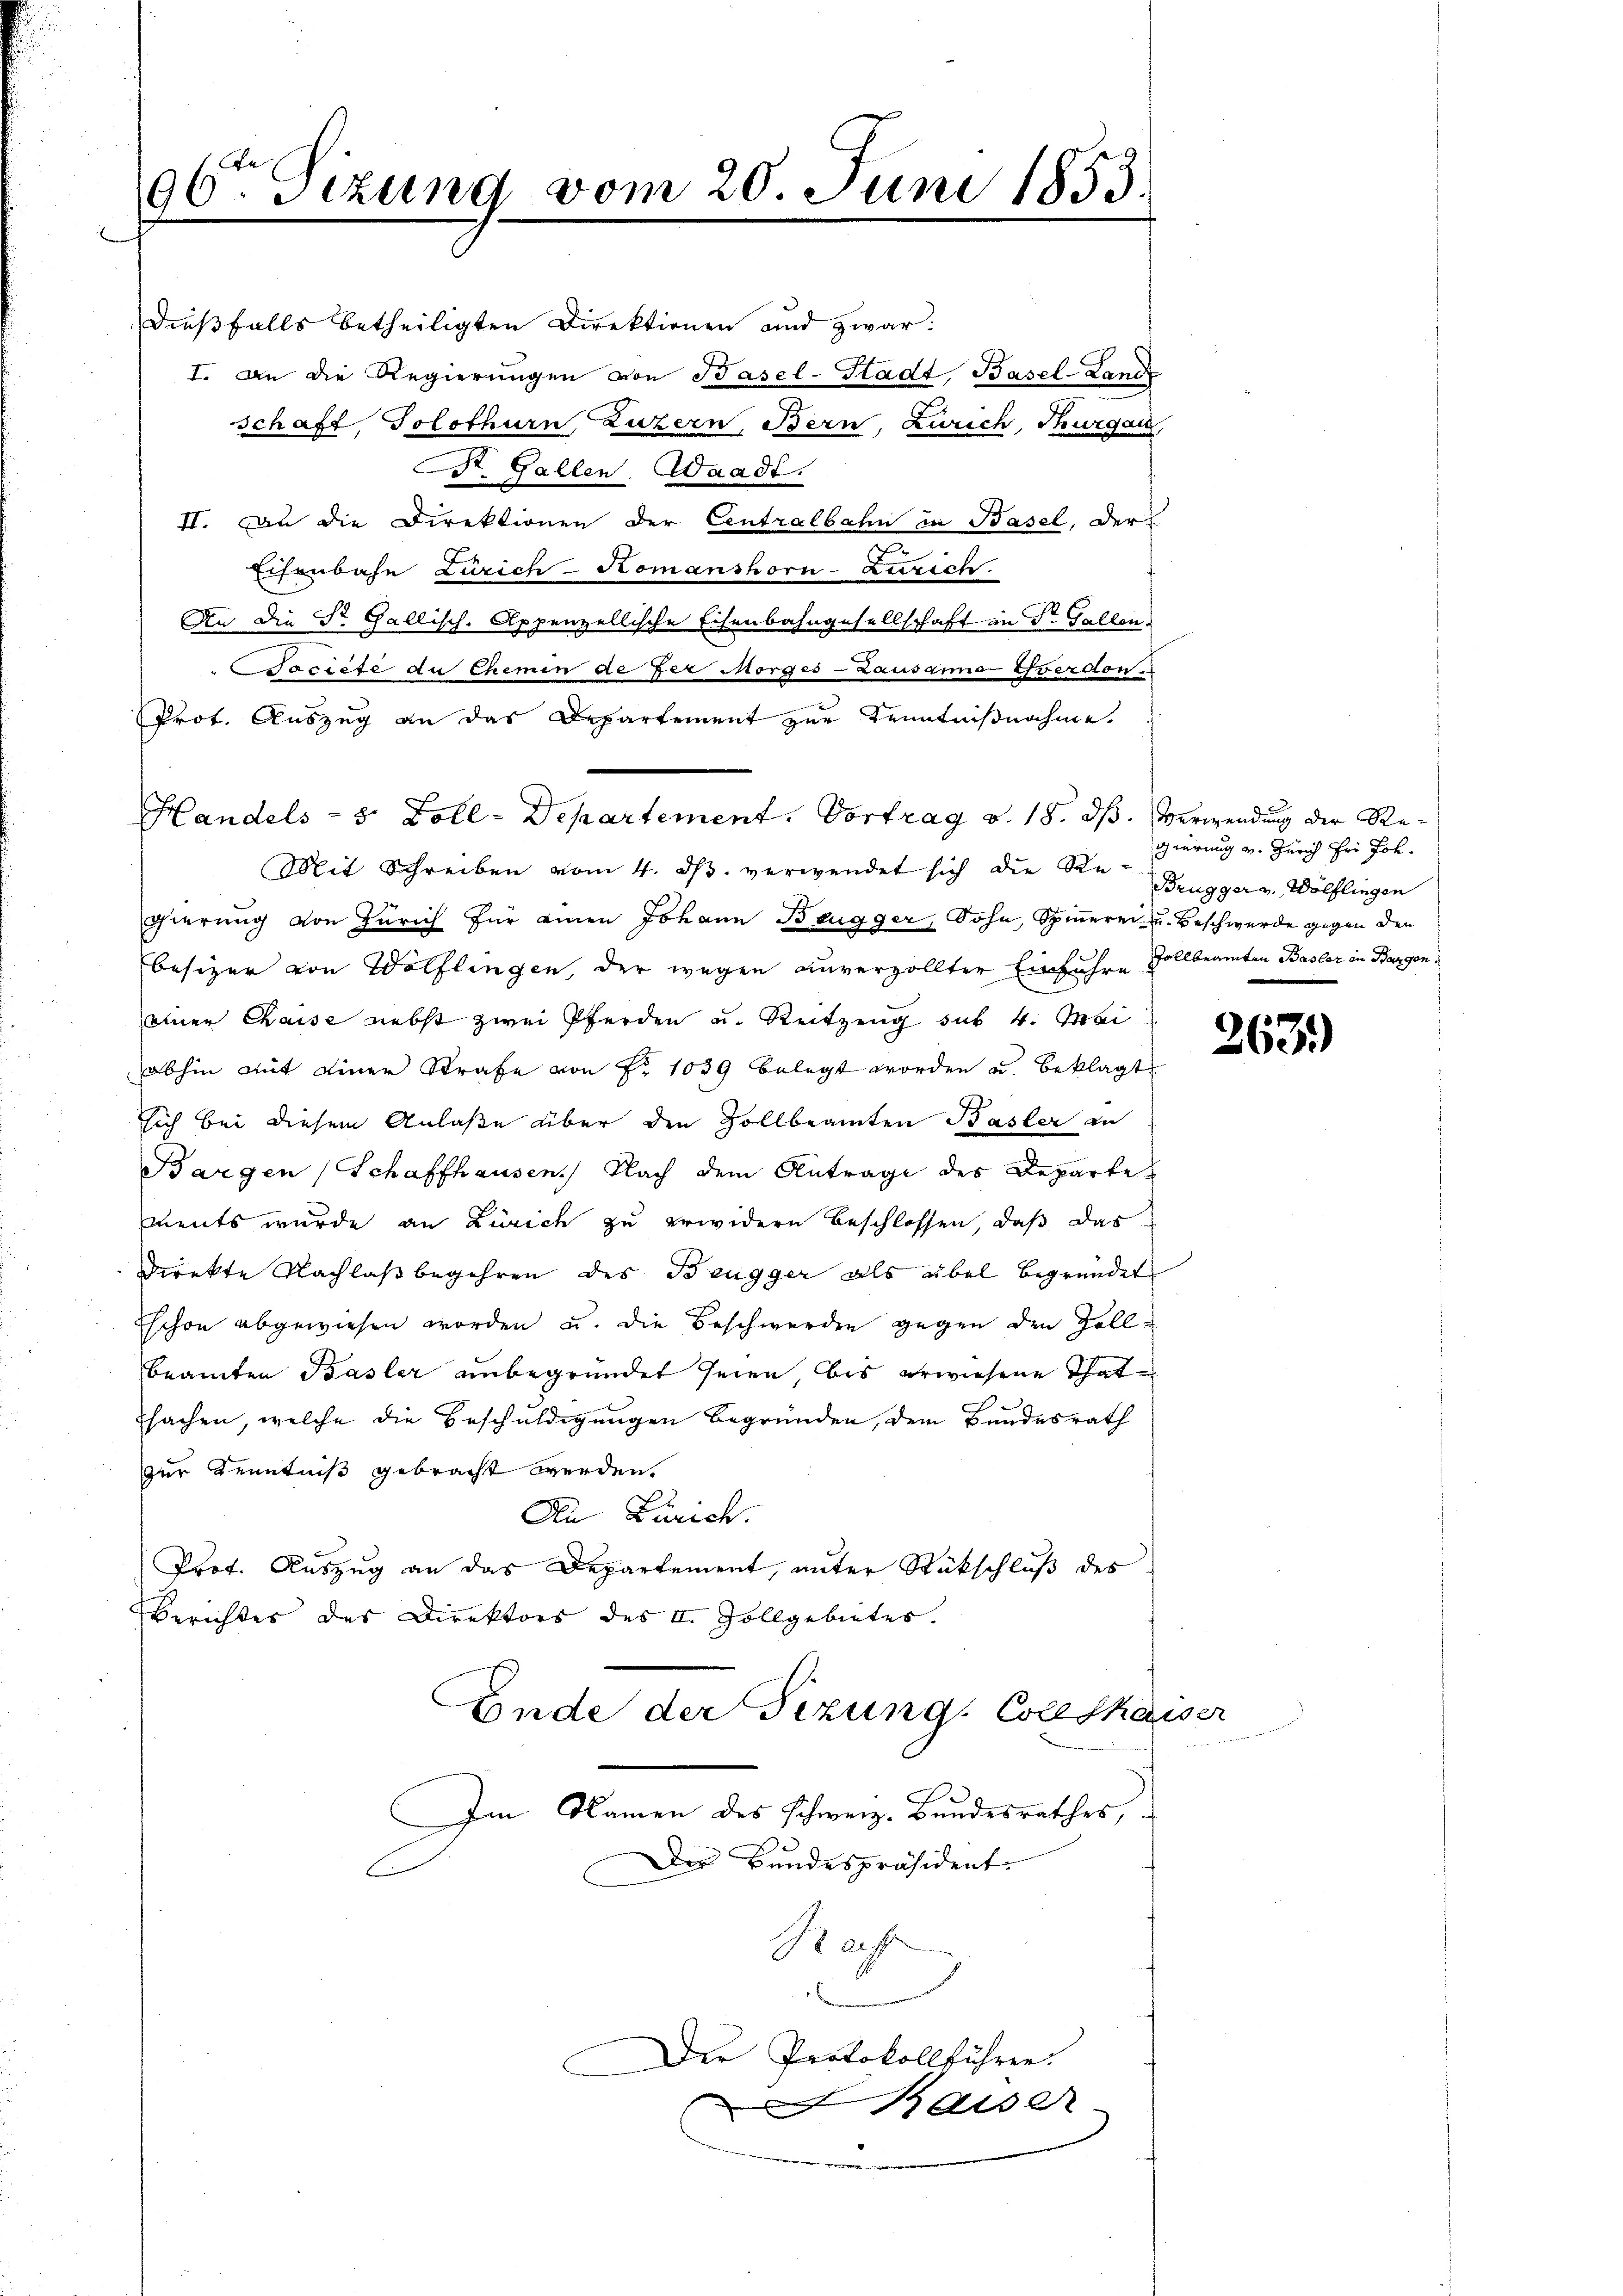
96ten Sizung vom 20. Juni 1853.

Dießfalls betheiligten Direktionen und zwar:
I. An die Regierungen von Basel-Stadt, Basel-Landt
schaft Solothurn, Luzern, Bern, Zürich, Thurgau,
. Gallen. Waadt.
II. Zu die Direktionen der Centralbahn in Basel, der
Eisenbahn Zürich-Komanshorn-Zürich.
An die St. Gallisch-Appenzellische Eisenbahngesellschaft in Dr. Gallen.
société du Chemen de der Morges - Lausanno Yverdon.
Prot. Auszug an das Departement zur Kenntnißnahme.
Mit Schreiben vom 4. ds. verwendet sich die Re- Brugger v. Wölflingen
gierung von Zürich für einen Johann Brugger, Sohn, Spinneren u. Beschwerde gegen den
besizer von Wölflingen, der wegen unverzollter Einfuhre Vollbeamten Basler in Bargen
einer Chaise nebst zwei Pferden u. Reitzung sub 4. Mai
abhin mit einer Strafe von Fr. 1039 belegt worden u. beklagt
sich bei diesem Anlaße über den Zollbeamten Basler an
Bargen (Schaffhausen. Nach dem Antrage des Departe
ments wurde an Zürich zu erwidern beschlossen, daß das
Direkte Nachlaß begehren des Beugger als übel begründet
Eschon abgewiesen worden u. die Beschwerden gegen den Zollbeamten Basler unbegründet seien, bis erwiesene Thatsachen, welche die Beschuldigungen begründen, dem Bundesrath
zur Kenntniß gebracht werden.
An Zürich.
Prot. Auszug an das Departement, unter Rückschluß des
Berichtes des Direktors des I. Zollgebietes.
Ende der Sizung. Collthaiser
Im Namen des Schweiz. Bundesrathes,
Der Bundespräsident.
Raf
l
Der Protokollführen.
1 Al. 2

Handels- 5 Zoll-Departement. Vortrag v. 18. ds. Verwendung der Re¬

gierung u. Zürich der Joh.

263)